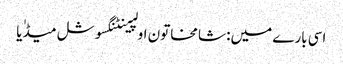
اسی بارے میں: شامخاتون اولپینٹنگسوشل میڈٰیا